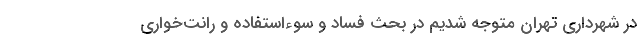
در شهرداری تهران متوجه شدیم در بحث فساد و سوء‌استفاده و رانت‌خواری